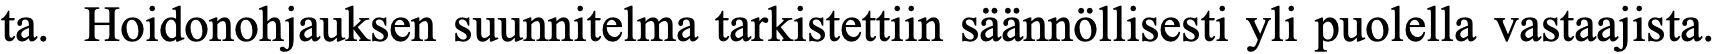
ta. Hoidonohjauksen suunnitelma tarkistettiin säännöllisesti yli puolella vastaajista.